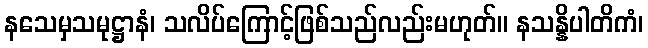
နသေမှသမုဋ္ဌာနံ၊ သလိပ်ကြောင့်ဖြစ်သည်လည်းမဟုတ်။ နသန္နိပါတိကံ၊